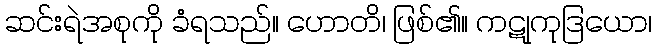
ဆင်းရဲအစုကို ခံရသည်။ ဟောတိ၊ ဖြစ်၏။ ကဋုကုဒြယော၊